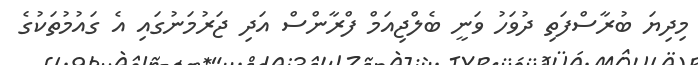
މިދިޔަ ބުރާސްފަތި ދުވަހު ވަނީ ބެލްޖިއަމް ފްރާންސް އަދި ޖަރުމަނުގައި އެ ގައުމުތަކުގެ